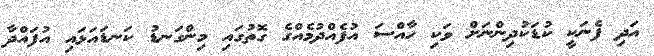
އަދި ފެނަކީ ކުޑަކުދިންނަށް ވަކި ހާއްސަ އުފެއްދުމެއްގެ ގޮތުގައި މިންގަނޑު ކަނޑައަޅައި އުފައްދާ